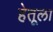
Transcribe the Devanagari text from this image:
हेतूला